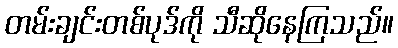
တမ်းချင်းတစ်ပုဒ်ကို သီဆိုနေကြသည်။